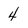
Character: 4